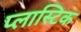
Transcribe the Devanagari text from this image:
प्‍लास्‍टिक